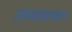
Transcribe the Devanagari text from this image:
उपम्यासारखाच